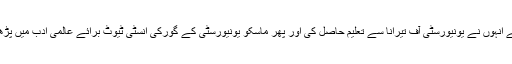
پہلے انہوں نے یونیورسٹی آف تیرانا سے تعلیم حاصل کی اور پھر ماسکو یونیورسٹی کے گورکی انسٹی ٹیوٹ برائے عالمی ادب میں پڑھے۔